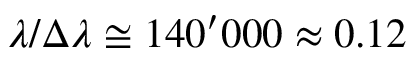
\lambda / \Delta \lambda \cong 1 4 0 ^ { \prime } 0 0 0 \approx 0 . 1 2